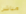
مباشرا